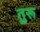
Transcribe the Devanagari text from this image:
तुरू